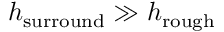
h _ { \mathrm { { s u r r o u n d } } } \gg h _ { \mathrm { { r o u g h } } }